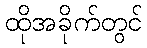
ထိုအခိုက်တွင်